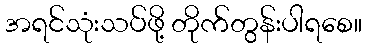
အရင်သုံးသပ်ဖို့ တိုက်တွန်းပါရစေ။